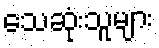
သေဆုံးသူများ